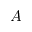
A